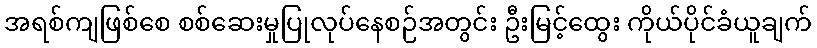
အရစ်ကျဖြစ်စေ စစ်ဆေးမှုပြုလုပ်နေစဉ်အတွင်း ဦးမြင့်ထွေး ကိုယ်ပိုင်ခံယူချက်